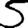
Digit: 5